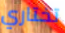
تختاري